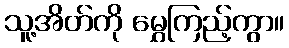
သူ့အိတ်ကို မွှေကြည့်ကွာ။